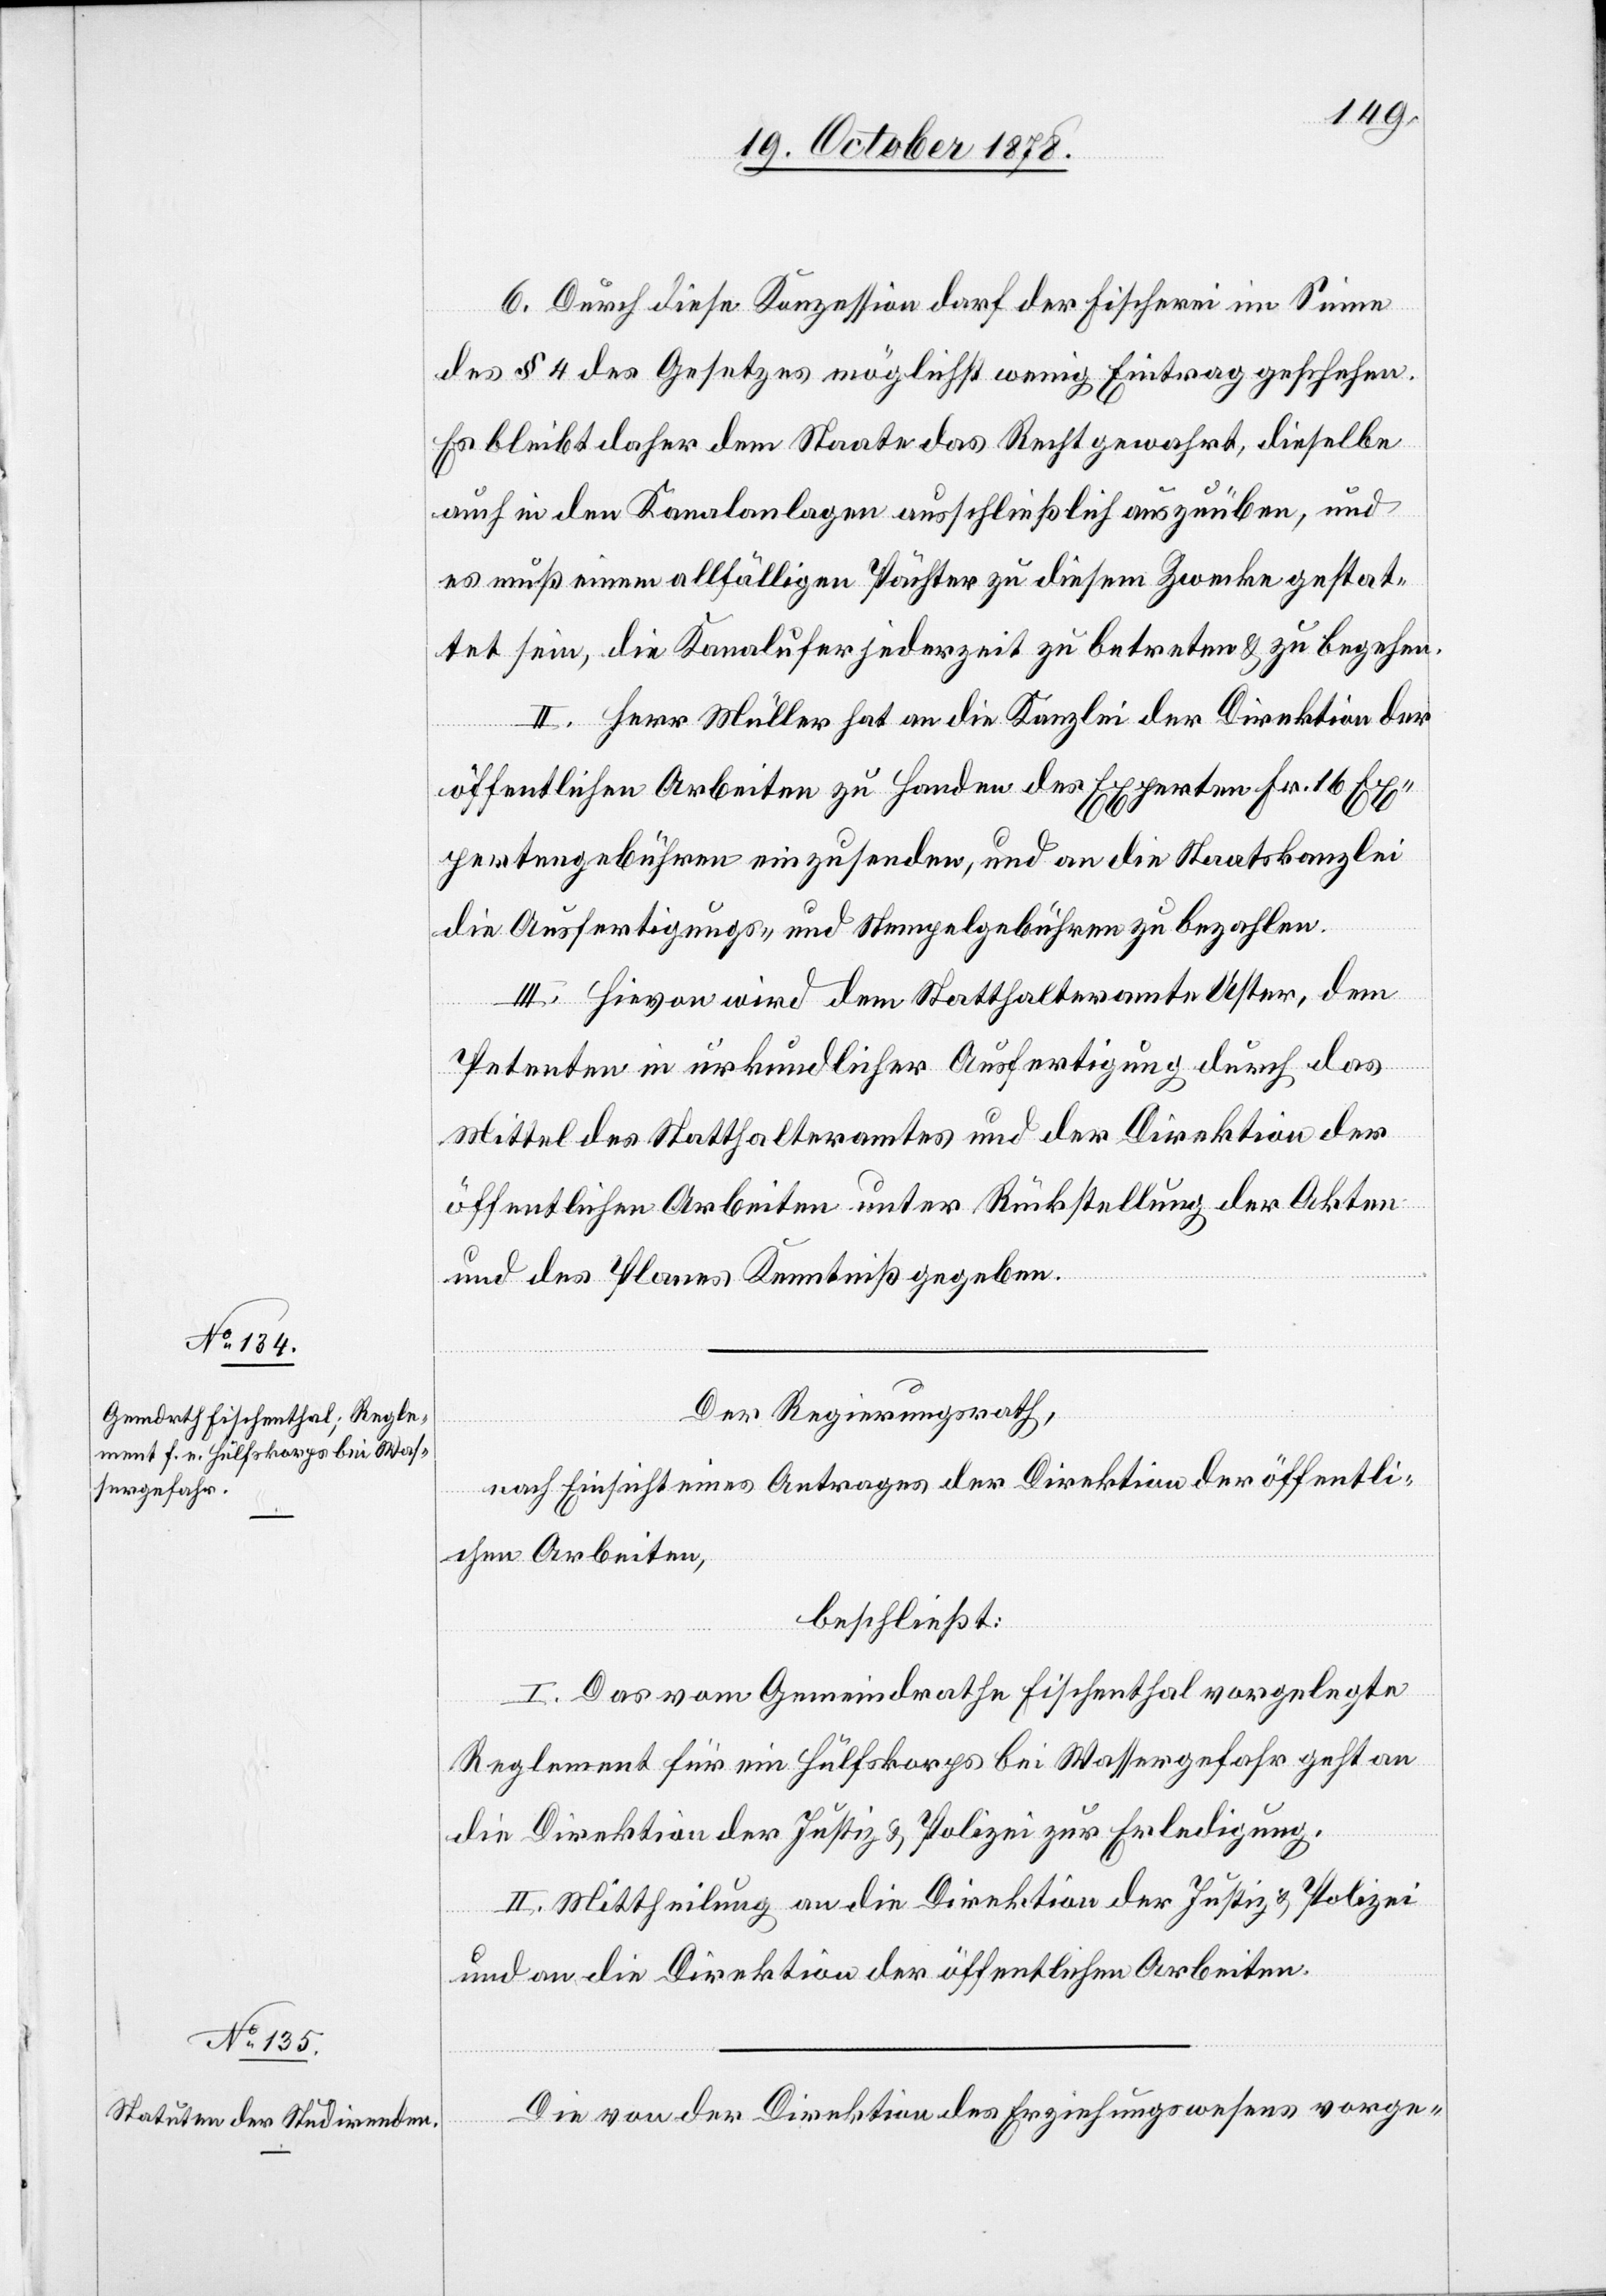
6. Durch diese Konzession darf der Fischerei im Sinne
des § 4 des Gesetzes möglichst wenig Eintrag geschehen.
Es bleibt daher dem Staate das Recht gewahrt, dieselbe
auch in den Kanalanlagen ausschließlich auszuüben, und
es muß einem allfälligen Pächter zu diesem Zwecke gestat¬
tet sein, die Kanalufer jederzeit zu betreten & zu begehen.
II. Herr Müller hat an die Kanzlei der Direktion der
öffentlichen Arbeiten zu Handen des Experten Fr. 16 Ex¬
pertengebühren einzusenden, und an die Staatskanzlei
die Ausfertigungs- und Stempelgebühren zu bezahlen.
III. Hievon wird dem Statthalteramte Uster, dem
Petenten in urkundlicher Ausfertigung durch das
Mittel des Statthalteramtes und der Direktion der
öffentlichen Arbeiten unter Rückstellung der Akten
und des Planes Kenntniß gegeben.
Der Regierungsrath,
nach Einsicht eines Antrages der Direktion der öffentli¬
chen Arbeiten,
beschließt:
I. Das vom Gemeindrathe Fischenthal vorgelegte
Reglement für ein Hülfskorps bei Wassergefahr geht an
die Direktion der Justiz & Polizei zur Erledigung.
II. Mittheilung an die Direktion der Justiz & Polizei
und an die Direktion der öffentlichen Arbeiten.
Die von der Direktion des Erziehungswesens vorge-